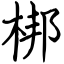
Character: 梆